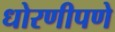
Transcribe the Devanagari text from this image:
धोरणीपणे